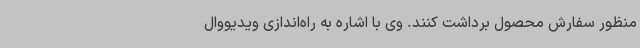
منظور سفارش محصول برداشت کنند. وی با اشاره به راه‌اندازی ویدیووال